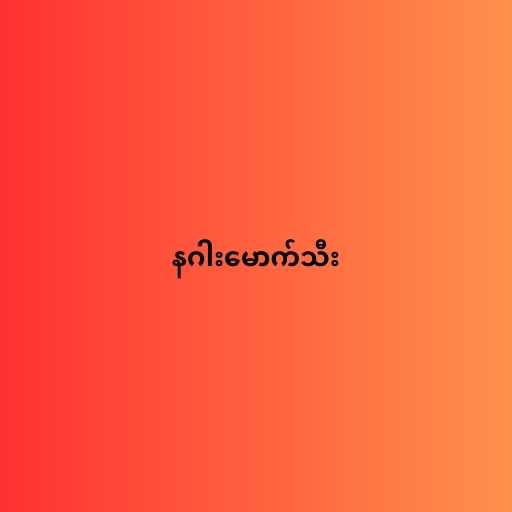
နဂါးမောက်သီး